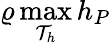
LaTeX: \varrho\operatorname*{max}_{\mathcal{T}_{h}}h_{{P}}